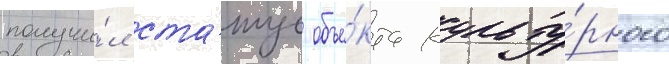
получи́л ста́тус объе́кта культу́рного